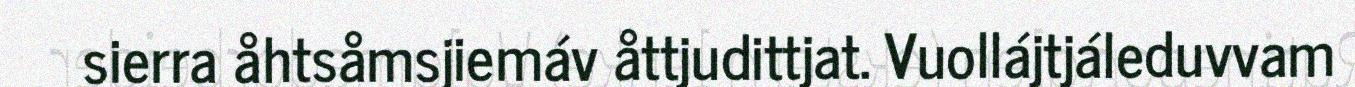
sierra åhtsåmsjiemáv åttjudittjat. Vuollájtjáleduvvam